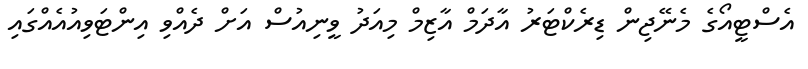
އެސްޓީއޯގެ މެނޭޖިން ޑިރެކްޓަރު އާދަމް އާޒިމް މިއަދު ވީނިއުސް އަށް ދެއްވި އިންޓަވިއުއެއްގައި